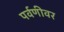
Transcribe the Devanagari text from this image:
पर्वणीवर